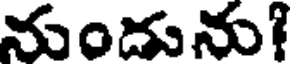
నుండును!